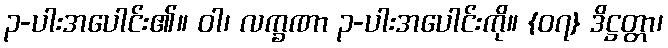
၃-ပါးအပေါင်း၏။ ဝါ၊ လက္ခဏာ ၃-ပါးအပေါင်းကို။ {၀၇} ဒိဋ္ဌတ္တာ၊